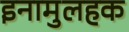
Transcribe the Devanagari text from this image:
इनामुलहक